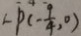
\therefore P ( - \frac { 9 } { 4 } , 0 )